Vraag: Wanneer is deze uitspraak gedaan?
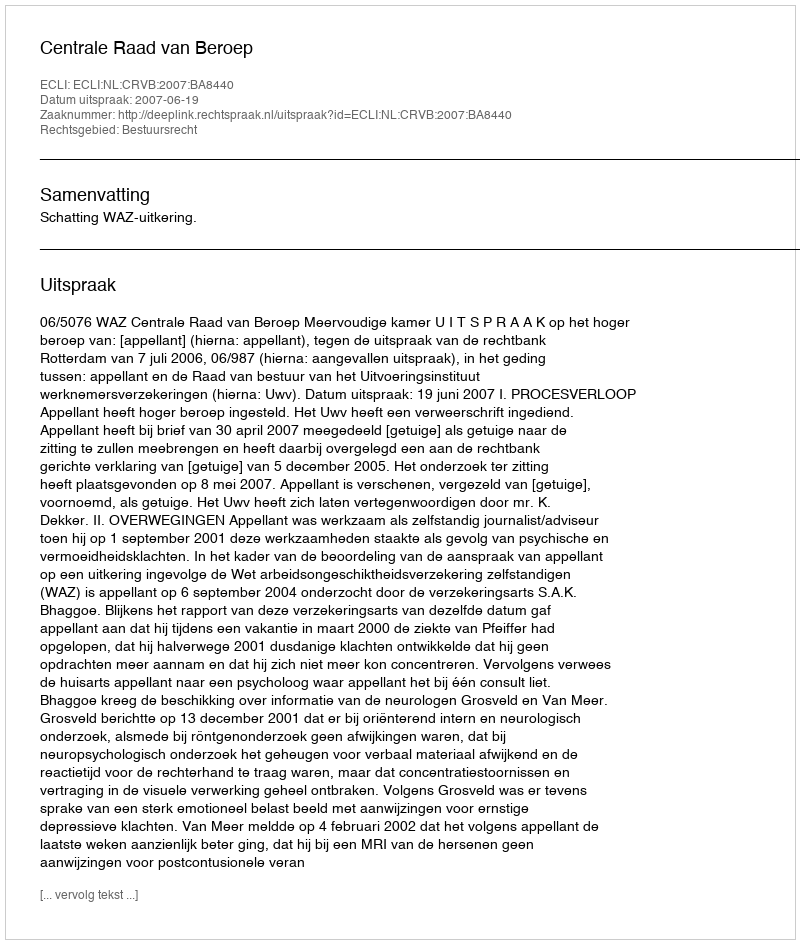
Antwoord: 2007-06-19